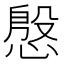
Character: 慇